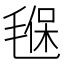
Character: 𣯂